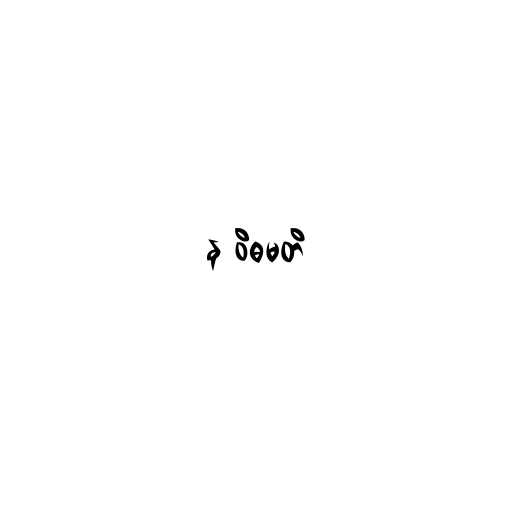
န ဝိဓမတိ